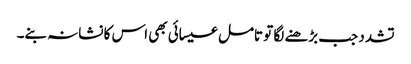
تشدد جب بڑھنے لگا تو تامل عیسائی بھی اس کا نشانہ بنے۔